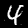
Label: 4